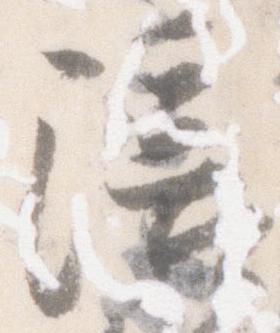
陪